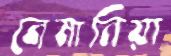
নেমানিয়া